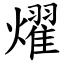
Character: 燿